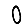
Digit: 0